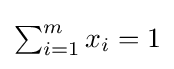
{\textstyle \sum _{i=1}^{m}x_{i}=1}